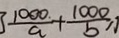
\frac { 1 0 0 0 } { a } + \frac { 1 0 0 0 } { b } ,